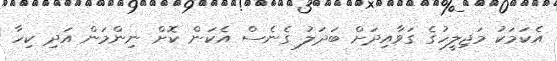
އެކަމަކު މަޖިލީހުގެ ގަވާއިދަށް ބަދަލު ގެނެސް އެކަން ކޮށް ނިންމަން އަދި ކިހާ